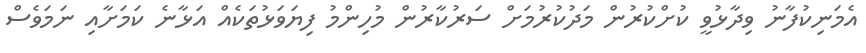
އެމަނިކުފާނު ވިދާޅުވީ ކުށްކުރުން މަދުކުރުމަށް ސަރުކާރުން މުހިންމު ފިޔަވަޅުތަކެއް އަޅާނެ ކަމަށާއި ނަމަވެސް